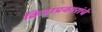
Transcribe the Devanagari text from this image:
क्रिडाप्रकारांचे